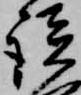
談